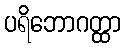
ပရိဘောဂတ္ထာ